Annual administration report of the Civil Veterinary Department of India - 1898-1899
Year: 1898
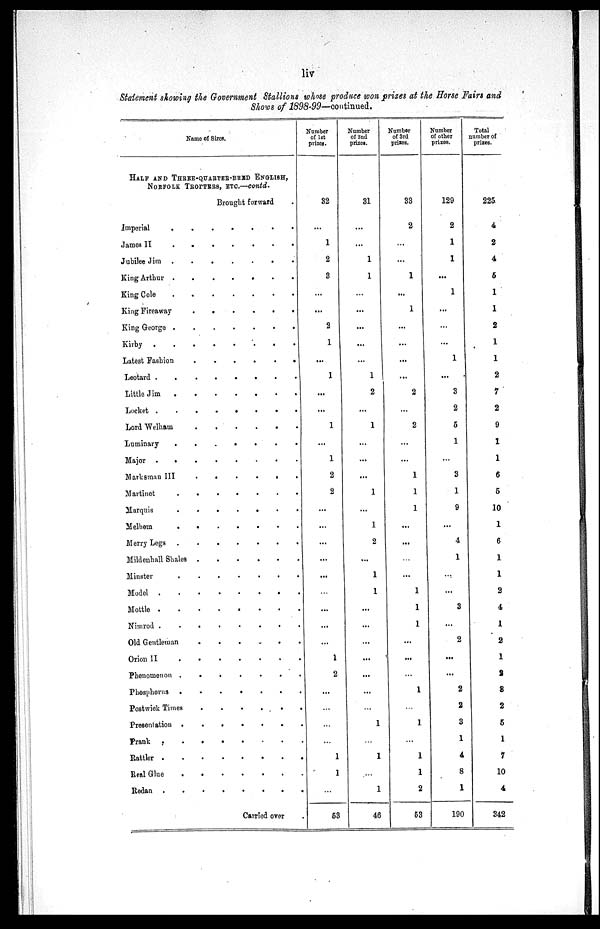
liv
Statement showing the Government Stallions whose produce won prizes at the Horse Fairs and
Shows of 1898-99—continued.
Name of Sires.
HALF AND THREE-QUARTER-BRED ENGLISH,
NORFOLK TROTTERS, ETC.—Contd.
Brought forward .
Imperial
.
.
.
.
.
.
.
James II
.
.
.
.
.
.
.
.
Jubilee Jim
.
.
.
.
.
.
.
.
King Arthur
.
.
.
.
.
.
.
.
King Cole
.
.
.
.
.
.
.
.
King Fireaway
.
.
.
.
.
.
.
.
King George
.
.
.
.
.
.
.
Kirby
.
.
.
.
.
.
.
.
Latest Fashion
.
.
.
.
.
.
.
.
Leotard
.
.
.
.
.
.
.
.
Little Jim
.
.
.
.
.
.
.
.
Locket
.
.
.
.
.
.
.
.
.
Lord Welham . . . . . . . .
Luminary
.
.
.
.
.
.
.
Major
.
.
.
.
.
.
.
Marksman III
.
.
.
.
.
.
.
.
Martinet
.
.
.
.
.
.
.
.
Marquis
.
.
.
.
.
.
.
.
Melhem
.
.
.
.
.
.
.
.
Merry Legs
.
.
.
.
Mildenhall Shales . . . . . . . .
Minster
.
.
.
.
.
.
.
Model
.
.
.
.
.
.
.
Mottle
.
.
.
.
.
.
.
Nimrod
.
.
.
.
.
.
.
.
Old Gentleman . . . . . . . .
Orion
II
.
.
.
.
.
.
.
.
Phenomenon
.
.
.
.
.
.
.
.
Phosphorus
.
.
.
.
.
.
.
.
Postwick Times . . . . . . . .
Presentation
.
.
.
.
.
.
.
.
Prank
.
.
.
.
.
.
.
.
Rattler
.
.
.
.
.
.
.
.
Real Glue
.
.
.
.
.
.
.
.
Redan
.
.
.
.
.
.
.
.
Carried over .
Number
of 1st
prizes.
32
...
1
2
3
...
...
2
1
...
1
...
...
1
...
1
2
2
...
...
...
...
...
...
...
...
...
1
2
...
...
...
...
1
1
...
53
Number
of 2nd
prizes.
31
...
...
1
1
...
...
...
...
...
1
2
...
1
...
...
...
1
...
1
2
...
1
1
...
...
...
...
...
...
...
1
...
1
...
1
46
Number
of 3rd
prizes.
33
2
...
...
1
...
1
...
...
...
...
2
...
2
...
...
1
1
1
...
...
...
...
1
1
1
...
...
...
1
...
1
...
1
1
2
53
Number
of other
prizes.
129
2
1
1
...
1
...
...
...
1
...
3
2
5
1
...
3
1
9
...
4
1
...
...
3
...
2
...
...
2
2
3
1
4
8
1
190
Total
number of
prizes.
225
4
2
4
5
1
1
2
1
1
2
7
2
9
1
1
6
5
10
1
6
1
1
2
4
1
2
1
2
8
2
5
1
7
10
4
342